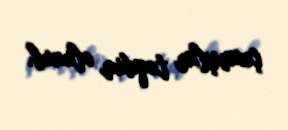
çıxarışlar təqdim olunub.